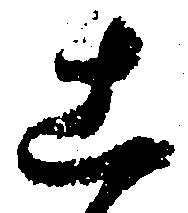
こ